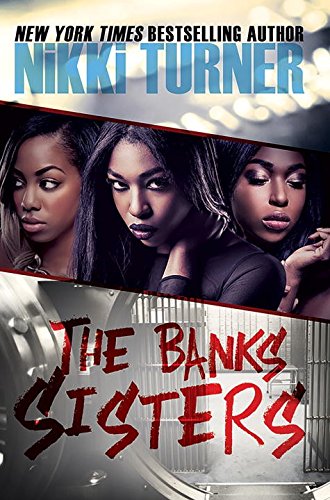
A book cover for The Banks Sisters (Urban Books); Nikki Turner; Literature & Fiction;